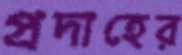
প্রদাহের